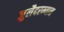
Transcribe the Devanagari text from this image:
जुलैदरम्यान